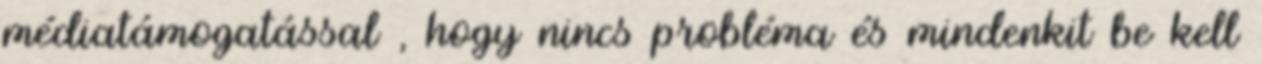
médiatámogatással , hogy nincs probléma és mindenkit be kell